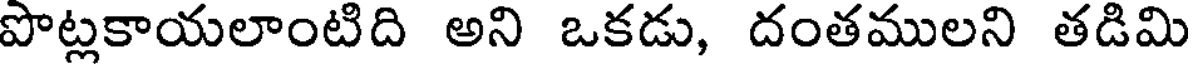
పొట్లకాయలాంటిది అని ఒకడు, దంతములని తడిమి